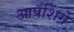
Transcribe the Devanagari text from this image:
आपशिंगे